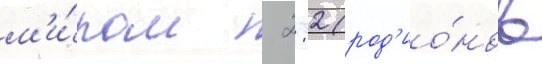
м'и́ром  2:2 (род'ио́нов